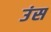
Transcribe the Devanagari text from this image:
उंस